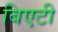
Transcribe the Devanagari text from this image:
बिएटी